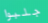
جلبوا